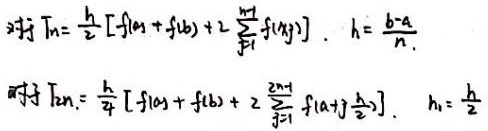
对于\(T_{n}=\frac{h}{2}\left[f(a)+f(b)+2\sum_{j = 1}^{n - 1}f(x_{j})\right]\)，\(h=\frac{b - a}{n}\)。

对于\(T_{2n}=\frac{h_{1}}{4}\left[f(a)+f(b)+2\sum_{j = 1}^{2n - 1}f\left(a + j\frac{h}{2}\right)\right]\)，\(h_{1}=\frac{h}{2}\)